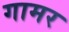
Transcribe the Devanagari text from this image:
गामर